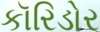
કૉરિડોર